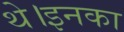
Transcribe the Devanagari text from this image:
थे।इनका